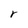
Character: r